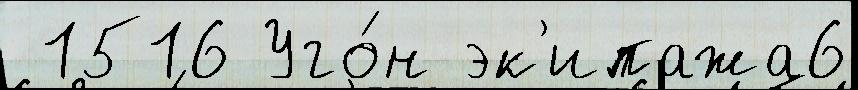
 1516 Уго́н эк'ипажа6